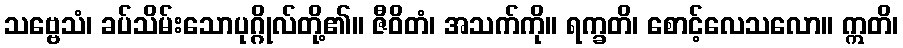
သဗ္ဗေသံ၊ ခပ်သိမ်းသောပုဂ္ဂိုလ်တို့၏။ ဇီဝိတံ၊ အသက်ကို။ ရက္ခတိ၊ စောင့်လေသလော။ ဣတိ၊